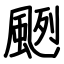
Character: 颲